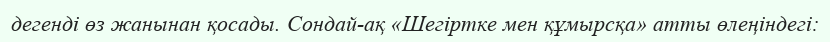
дегенді өз жанынан қосады. Сондай-ақ «Шегіртке мен құмырсқа» атты өлеңіндегі: